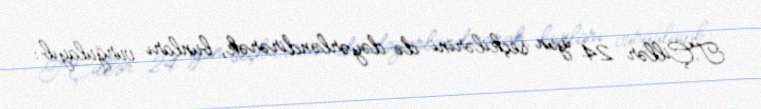
T.Çillər 24 iyun seçkilərini də dəyərləndirərək, bunları vurğulayıb: